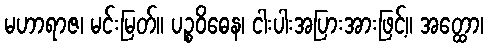
မဟာရာဇ၊ မင်းမြတ်။ ပဉ္စဝိဓေန၊ ငါးပါးအပြားအားဖြင့်။ အတ္ထော၊